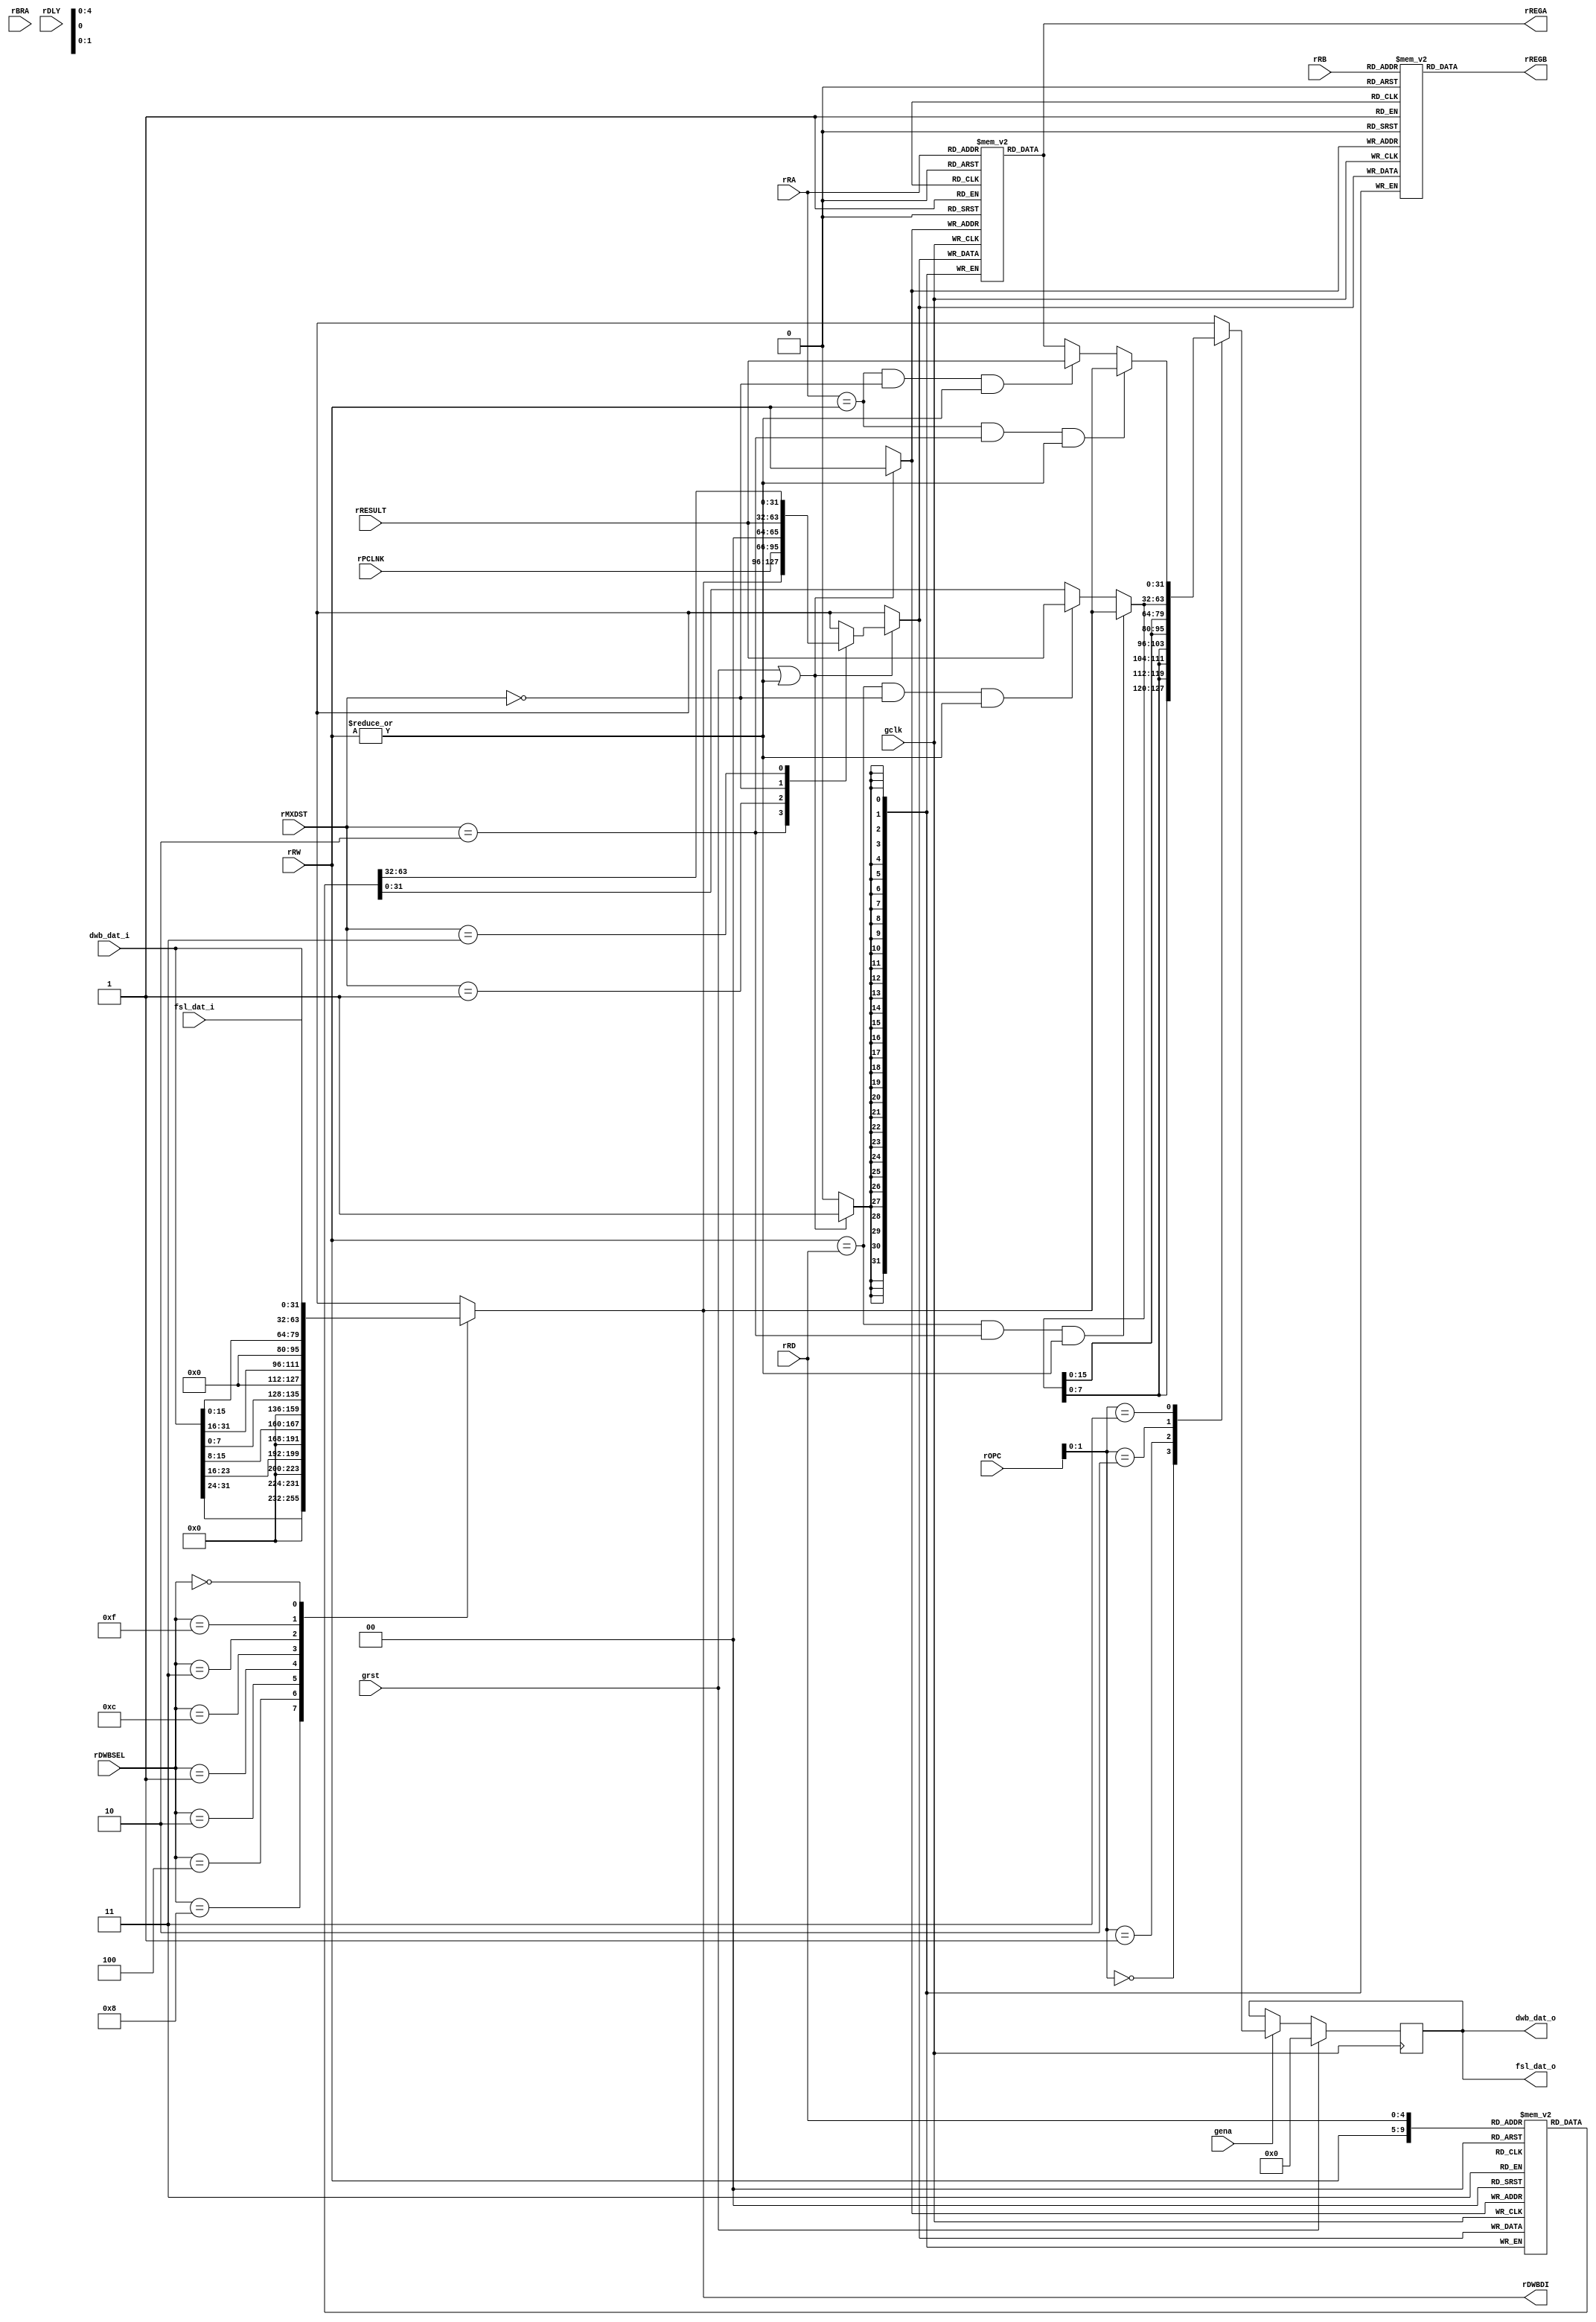
// $Id: aeMB_regf.v,v 1.3 2007-11-10 16:39:38 sybreon Exp $
//
// AEMB REGISTER FILE
// 
// Copyright (C) 2004-2007 Shawn Tan Ser Ngiap <shawn.tan@aeste.net>
//  
// This file is part of AEMB.
//
// AEMB is free software: you can redistribute it and/or modify it
// under the terms of the GNU Lesser General Public License as
// published by the Free Software Foundation, either version 3 of the
// License, or (at your option) any later version.
//
// AEMB is distributed in the hope that it will be useful, but WITHOUT
// ANY WARRANTY; without even the implied warranty of MERCHANTABILITY
// or FITNESS FOR A PARTICULAR PURPOSE.  See the GNU Lesser General
// Public License for more details.
//
// You should have received a copy of the GNU Lesser General Public
// License along with AEMB. If not, see <http://www.gnu.org/licenses/>.
//
// $Log: not supported by cvs2svn $
// Revision 1.2  2007/11/09 20:51:52  sybreon
// Added GET/PUT support through a FSL bus.
//
// Revision 1.1  2007/11/02 03:25:41  sybreon
// New EDK 3.2 compatible design with optional barrel-shifter and multiplier.
// Fixed various minor data hazard bugs.
// Code compatible with -O0/1/2/3/s generated code.
//

module aeMB_regf (/*AUTOARG*/
   // Outputs
   rREGA, rREGB, rDWBDI, dwb_dat_o, fsl_dat_o,
   // Inputs
   rOPC, rRA, rRB, rRW, rRD, rMXDST, rPCLNK, rRESULT, rDWBSEL, rBRA,
   rDLY, dwb_dat_i, fsl_dat_i, gclk, grst, gena
   );
   // INTERNAL
   output [31:0] rREGA, rREGB;
   output [31:0] rDWBDI;
   input [5:0] 	 rOPC;   
   input [4:0] 	 rRA, rRB, rRW, rRD;
   input [1:0] 	 rMXDST;
   input [31:2]  rPCLNK;
   input [31:0]  rRESULT;
   input [3:0] 	 rDWBSEL;   
   input 	 rBRA, rDLY;   
   
   // DATA WISHBONE
   output [31:0] dwb_dat_o;   
   input [31:0]  dwb_dat_i;   

   // FSL WISHBONE
   output [31:0] fsl_dat_o;
   input [31:0]	 fsl_dat_i;   
   
   // SYSTEM
   input 	 gclk, grst, gena;   

   // --- LOAD SIZER ----------------------------------------------
   // Moves the data bytes around depending on the size of the
   // operation.

   wire [31:0] 	 wDWBDI = dwb_dat_i; // FIXME: Endian
   wire [31:0] 	 wFSLDI = fsl_dat_i; // FIXME: Endian
    
   reg [31:0] 	 rDWBDI;
   reg [1:0] 	 rSIZ;
   
   always @(/*AUTOSENSE*/rDWBSEL or wDWBDI or wFSLDI) begin
      /* 51.2
       case (rSIZ)
        // FSL
        2'o3: rDWBDI <= wFSLDI;	
        // 32'bit
        2'o2: rDWBDI <= wDWBDI;
	// 16'bit
	2'o1: case (rRESULT[1])
		1'b0: rDWBDI <= {16'd0, wDWBDI[31:16]};
		1'b1: rDWBDI <= {16'd0, wDWBDI[15:0]};		
	      endcase // case (rRESULT[1])
	// 8'bit
	2'o0: case (rRESULT[1:0])
		2'o0: rDWBDI <= {24'd0, wDWBDI[31:24]};
		2'o1: rDWBDI <= {24'd0, wDWBDI[23:16]};
		2'o2: rDWBDI <= {24'd0, wDWBDI[15:8]};
		2'o3: rDWBDI <= {24'd0, wDWBDI[7:0]};
	      endcase // case (rRESULT[1:0])
      endcase // case (rSIZ)
      */
      
      /* 50.6
      case ({rSIZ, rRESULT[1:0]})
	// FSL
	4'hC, 4'hD, 4'hE, 4'hF: rDWBDI <= wFSLDI;	
	// 32'bit
	4'h8: rDWBDI <= wDWBDI;
	// 16'bit
	4'h4: rDWBDI <= {16'd0, wDWBDI[31:16]};
	4'h6: rDWBDI <= {16'd0, wDWBDI[15:0]};		
	// 8'bit
	4'h0: rDWBDI <= {24'd0, wDWBDI[31:24]};
	4'h1: rDWBDI <= {24'd0, wDWBDI[23:16]};
	4'h2: rDWBDI <= {24'd0, wDWBDI[15:8]};
	4'h3: rDWBDI <= {24'd0, wDWBDI[7:0]};
	default: rDWBDI <= 32'hX;	
      endcase // case (rSIZ)
      */

      // 52.0
      case (rDWBSEL)
	// 8'bit
	4'h8: rDWBDI <= {24'd0, wDWBDI[31:24]};
	4'h4: rDWBDI <= {24'd0, wDWBDI[23:16]};
	4'h2: rDWBDI <= {24'd0, wDWBDI[15:8]};
	4'h1: rDWBDI <= {24'd0, wDWBDI[7:0]};
	// 16'bit
	4'hC: rDWBDI <= {16'd0, wDWBDI[31:16]};
	4'h3: rDWBDI <= {16'd0, wDWBDI[15:0]};
	// 32'bit
	4'hF: rDWBDI <= wDWBDI;
	// FSL
	4'h0: rDWBDI <= wFSLDI;       
	// Undefined
	default: rDWBDI <= 32'hX;       
      endcase
       
   end

   always @(posedge gclk)
     if (grst) begin
	/*AUTORESET*/
	// Beginning of autoreset for uninitialized flops
	rSIZ <= 2'h0;
	// End of automatics
     end else if (gena) begin
	rSIZ <= rOPC[1:0];	
     end
   
   // --- GENERAL PURPOSE REGISTERS (R0-R31) -----------------------
   // LUT RAM implementation is smaller and faster. R0 gets written
   // during reset with 0x00 and doesn't change after.
   
   reg [31:0] 	 mARAM[0:31],
		 mBRAM[0:31],
		 mDRAM[0:31];

   wire [31:0] 	 rREGW = mDRAM[rRW];   
   wire [31:0] 	 rREGD = mDRAM[rRD];   
   assign 	 rREGA = mARAM[rRA];
   assign 	 rREGB = mBRAM[rRB];

   wire 	 fRDWE = |rRW;   
   
   reg [31:0] 	 xWDAT;

   always @(/*AUTOSENSE*/rDWBDI or rMXDST or rPCLNK or rREGW
	    or rRESULT)
     case (rMXDST)
       2'o2: xWDAT <= rDWBDI;
       2'o1: xWDAT <= {rPCLNK, 2'o0};
       2'o0: xWDAT <= rRESULT;       
       2'o3: xWDAT <= rREGW; // No change       
     endcase // case (rMXDST)
   
   always @(posedge gclk)
     if (grst | fRDWE) begin
	mARAM[rRW] <= xWDAT;
	mBRAM[rRW] <= xWDAT;
	mDRAM[rRW] <= xWDAT;	
     end

   // --- STORE SIZER ---------------------------------------------
   // Replicates the data bytes across depending on the size of the
   // operation.

   reg [31:0] 	 rDWBDO, xDWBDO;
   
   wire [31:0] 	 xFSL;   
   wire 	 fFFWD_M = (rRA == rRW) & (rMXDST == 2'o2) & fRDWE;
   wire 	 fFFWD_R = (rRA == rRW) & (rMXDST == 2'o0) & fRDWE;   
   
   assign 	 fsl_dat_o = rDWBDO;
   assign 	 xFSL = (fFFWD_M) ? rDWBDI :
			(fFFWD_R) ? rRESULT :
			rREGA;   

   wire [31:0] 	 xDST;   
   wire 	 fDFWD_M = (rRW == rRD) & (rMXDST == 2'o2) & fRDWE;
   wire 	 fDFWD_R = (rRW == rRD) & (rMXDST == 2'o0) & fRDWE;   
   
   assign 	 dwb_dat_o = rDWBDO;
   assign 	 xDST = (fDFWD_M) ? rDWBDI :
			(fDFWD_R) ? rRESULT :
			rREGD;   
   
   always @(/*AUTOSENSE*/rOPC or xDST or xFSL)
     case (rOPC[1:0])
       // 8'bit
       2'h0: xDWBDO <= {(4){xDST[7:0]}};
       // 16'bit
       2'h1: xDWBDO <= {(2){xDST[15:0]}};
       // 32'bit
       2'h2: xDWBDO <= xDST;
       // FSL
       2'h3: xDWBDO <= xFSL;       
       //default: xDWBDO <= 32'hX;       
     endcase // case (rOPC[1:0])   

   always @(posedge gclk)
     if (grst) begin
	/*AUTORESET*/
	// Beginning of autoreset for uninitialized flops
	rDWBDO <= 32'h0;
	// End of automatics
     end else if (gena) begin
	rDWBDO <= #1 xDWBDO;	
     end
   
   // --- SIMULATION ONLY ------------------------------------------
   // Randomise memory to simulate real-world memory
   // synopsys translate_off
   
   integer i;
   initial begin
      for (i=0; i<32; i=i+1) begin
	 mARAM[i] <= $random;
	 mBRAM[i] <= $random;
	 mDRAM[i] <= $random;
      end
   end
   
   // synopsys translate_on
   
   
endmodule // aeMB_regf